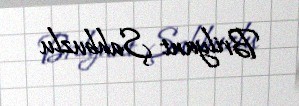
Brilyant Şahbuzlu